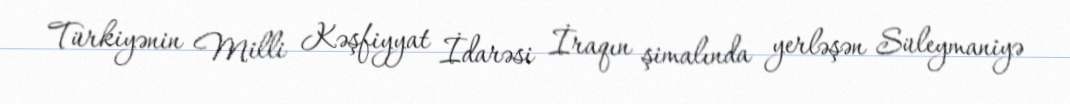
Türkiyənin Milli Kəşfiyyat İdarəsi İraqın şimalında yerləşən Süleymaniyə